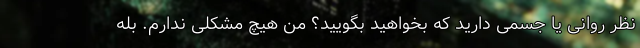
نظر روانی یا جسمی دارید که بخواهید بگویید؟ من هیچ مشکلی ندارم. بله